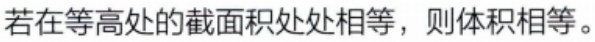
若在等高处的截面积处处相等，则体积相等。